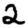
Digit: 2